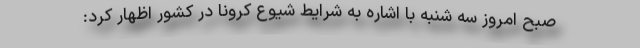
صبح امروز سه شنبه با اشاره به شرایط شیوع کرونا در کشور اظهار کرد: